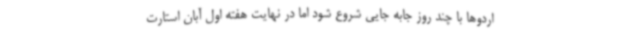
اردوها با چند روز جابه جایی شروع شود اما در نهایت هفته اول آبان استارت